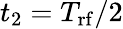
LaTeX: t_{2}=T_{\mathrm{rf}}/2